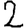
Digit: 2